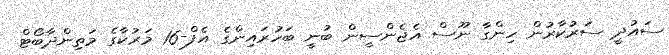
ސައުދީ ސަރުކާރުން ހިންގާ ނޫސް އެޖެންސީން ބުނީ ބަހުރައިންގެ އެފް-16 މަރުކާގެ މަތިންދާބޯޓް